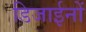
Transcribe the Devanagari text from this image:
डिजाईनों